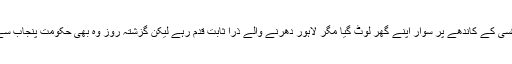
اسلام آباد دھرنا تو پہلے فتح کے شادیانے بجاتے کسی کے کاندھے پر سوار اپنے گھر لوٹ گیا مگر لاہور دھرنے والے ذرا ثابت قدم رہے لیکن گزشتہ روز وہ بھی حکومت پنجاب سے صلح کی نوید سناتے ہوئے عازم رخصت ہوئے۔